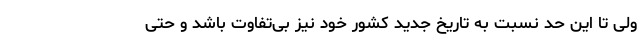
ولی تا این حد نسبت به تاریخ جدید کشور خود نیز بی‌تفاوت باشد و حتی